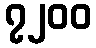
၇၂၀၀